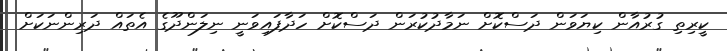
ކީރިތި ގުރުއާން ކިޔަވަން ދަސްކޮށް ނަމާދުކުރަން ދަސްކޮށް ހަދާފައިވަނީ ނިލަންދޫގެ އެތައް ދަރިންނަކަށް